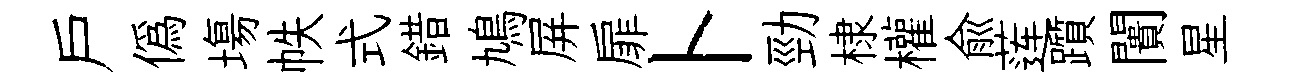
戶偽塲帙式錯鳩屏扉卜勁棣權兪莲躓闠星